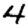
Digit: 4